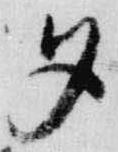
夕